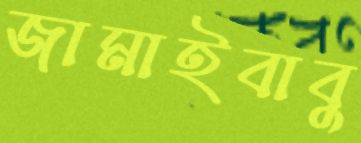
জামাইবাবু